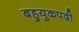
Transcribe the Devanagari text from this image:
बहुयुकपदी